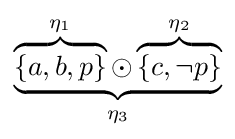
\underbrace {\overbrace {\left\{a,b,p\right\}} ^{\eta _{1}}\odot \overbrace {\left\{c,\neg p\right\}} ^{\eta _{2}}} _{\eta _{3}}